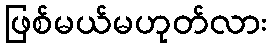
ဖြစ်မယ်မဟုတ်လား